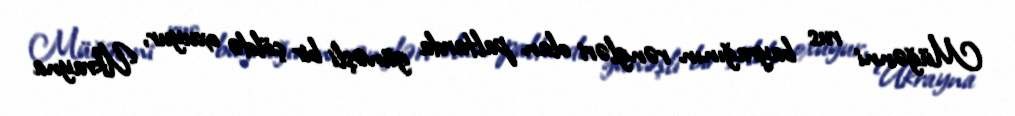
Müğənni rus bayrağının rəngləri olan paltarda günəşli bir çöldə oxuyur, Ukrayna